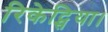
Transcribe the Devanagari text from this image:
रिकेट्सिया।